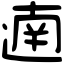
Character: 遖